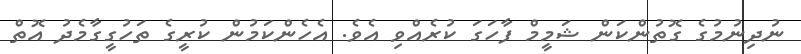
ނުދިނުމުގެ ގޮތުންކަން ޝަމީމް ފާހަގަ ކުރެއްވި އެވެ. އެހެންކަމުން ކުރީގެ ތަހުގީގާމެދު އޮތް